Civil Veterinary Dept. Bombay admin report 1923-31 - 1923-1931
Year: 1923
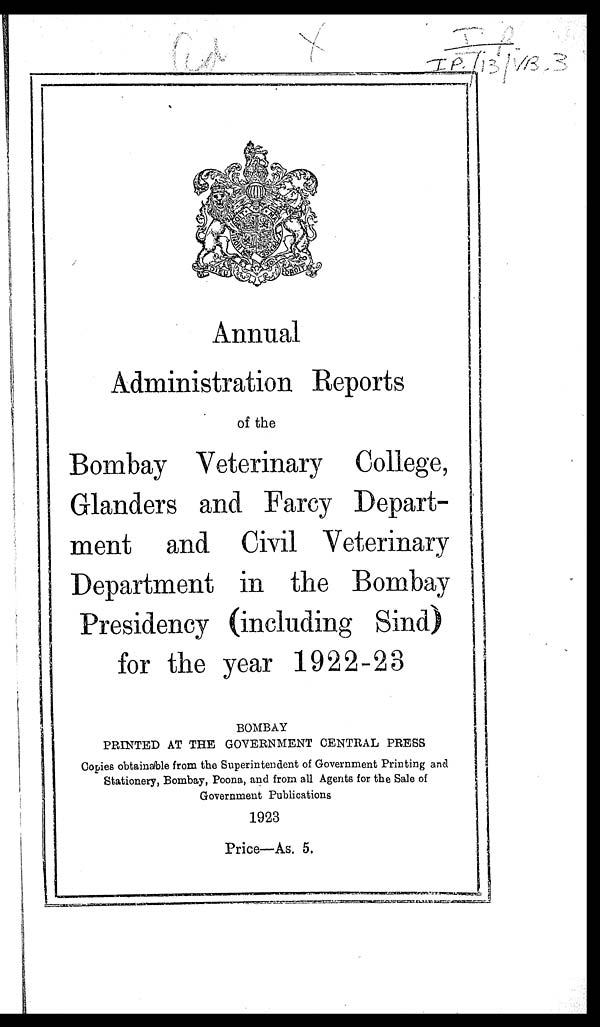
Annual
Administration Reports
of the
Bombay Veterinary College,
Glanders and Farcy Depart-
ment and Civil Veterinary
Department in the Bombay
Presidency (including Sind)
for the year 1922-23
BOMBAY
PRINTED AT THE GOVERNMENT CENTRAL PRESS
Copies obtainable from the Superintendent of Government Printing and
Stationery, Bombay, Poona, and from all Agents for the Sale of
Government Publications
1923
Price—As. 5.